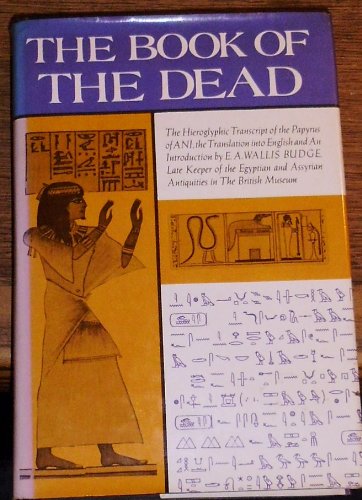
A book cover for The Egyptian Book of the Dead: The Hieroglyphic Transcript of the Papyrus of Ani, the Translation into English and An Introduction by E. A. Wallis Budge; Religion & Spirituality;